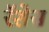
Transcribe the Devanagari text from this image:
रॅशेस